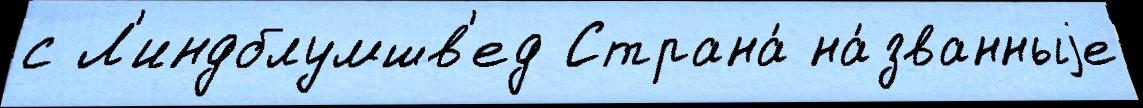
с Л'индблумшв'ед Страна́ на́званныjе